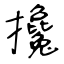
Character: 攙